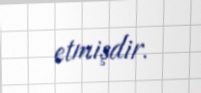
etmişdir.